Annual administration and progress report of the Indian Medical Department, Bombay
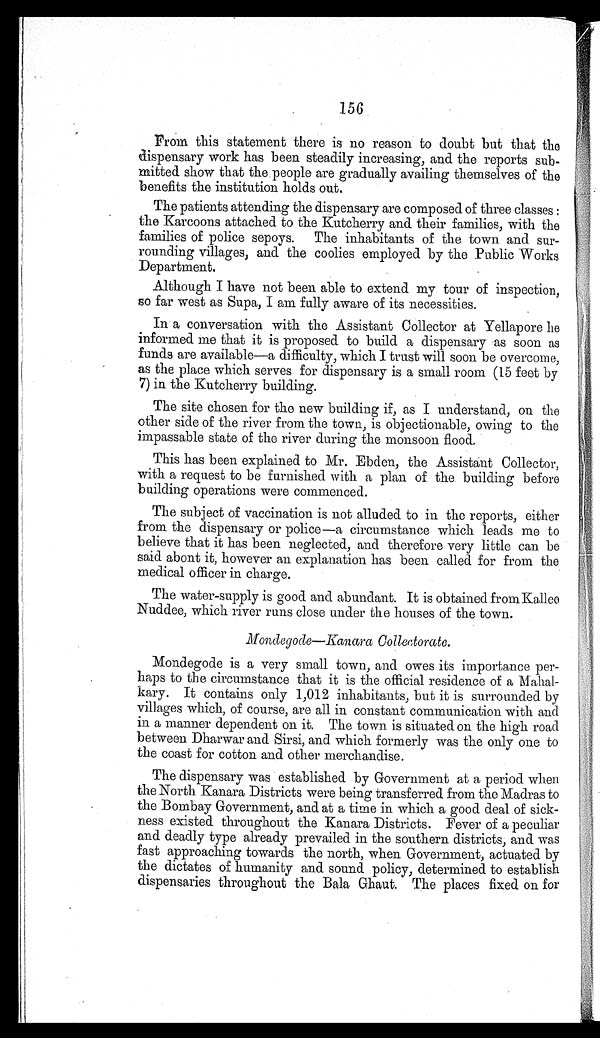
156
From this statement there is no reason to doubt but that the
dispensary work has been steadily increasing, and the reports sub-
mitted show that the people are gradually availing themselves of the
benefits the institution holds out.
The patients attending the dispensary are composed of three classes :
the Karcoons attached to the Kutcherry and their families, with the
families of police sepoys. The inhabitants of the town and sur-
rounding villages, and the coolies employed by the Public Works
Department.
Although I have not been able to extend my tour of inspection,
so far west as Supa, I am fully aware of its necessities.
In a conversation with the Assistant Collector at Yellapore he
informed me that it is proposed to build a dispensary as soon as
funds are available—a difficulty, which I trust will soon be overcome,
as the place which serves for dispensary is a small room (15 feet by
7) in the Kutcherry building.
The site chosen for the new building if, as I understand, on the
other side of the river from the town, is objectionable, owing to the
impassable state of the river during the monsoon flood.
This has been explained to Mr. Ebden, the Assistant Collector,
with a request to be furnished with a plan of the building before
building operations were commenced.
The subject of vaccination is not alluded to in the reports, either
from the dispensary or police—a circumstance which leads me to
believe that it has been neglected, and therefore very little can be
said abont it, however an explanation has been called for from the
medical officer in charge.
The water-supply is good and abundant. It is obtained from Kallee
Nuddee, which river runs close under the houses of the town.
Mondegode—Kanara Collectorate.
Mondegode is a very small town, and owes its importance per-
haps to the circumstance that it is the official residence of a Mahal-
kary. It contains only 1,012 inhabitants, but it is surrounded by
villages which, of course, are all in constant communication with and
in a manner dependent on it. The town is situated on the high road
between Dharwar and Sirsi, and which formerly was the only one to
the coast for cotton and other merchandise.
The dispensary was established by Government at a period when
the North Kanara Districts were being transferred from the Madras to
the Bombay Government, and at a time in which a good deal of sick-
ness existed throughout the Kanara Districts. Fever of a peculiar
and deadly type already prevailed in the southern districts, and was
fast approaching towards the north, when Government, actuated by
the dictates of humanity and sound policy, determined to establish
dispensaries throughout the Bala Ghaut. The places fixed on for